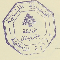
الجمهوريّة اللبْنانيَة - وزارة الدَاخليّة محَافظة جبَل لبنان